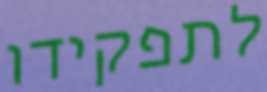
לתפקידו